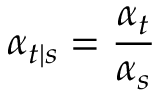
\alpha _ { t | s } = \frac { \alpha _ { t } } { \alpha _ { s } }